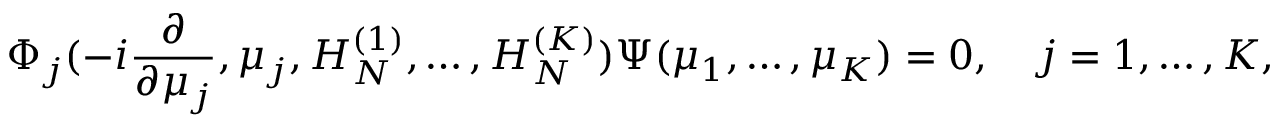
\Phi _ { j } ( - i { \frac { \partial } { \partial \mu _ { j } } } , \mu _ { j } , H _ { N } ^ { ( 1 ) } , \ldots , H _ { N } ^ { ( K ) } ) \Psi ( \mu _ { 1 } , \ldots , \mu _ { K } ) = 0 , \quad j = 1 , \ldots , K ,